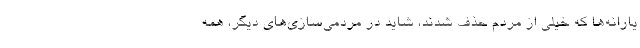
یارانه‌ها که خیلی از مردم حذف شدند، شاید در مردمی‌سازی‌های دیگر، همه